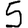
Digit: 5